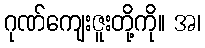
ဂုဏ်ကျေးဇူးတို့ကို။ အ၊